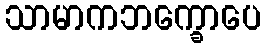
သာမာကဘက္ခောပေ